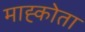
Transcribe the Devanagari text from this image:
माह्कोता